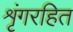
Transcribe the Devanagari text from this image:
शृंगरहित